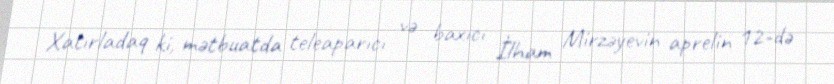
Xatırladaq ki, mətbuatda teleaparıcı və baxıcı İlham Mirzəyevin aprelin 12-də